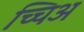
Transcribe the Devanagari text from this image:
च्चिअ